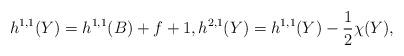
LaTeX: \begin{align*}h^{1,1}(Y)=h^{1,1}(B)+f+1, h^{2,1}(Y)=h^{1,1}(Y)-\frac{1}{2}\chi(Y),\end{align*}